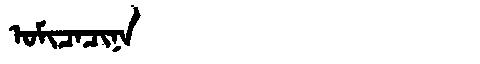
Manchu: ᠣᠮᡳᠴᠠᠴᡳᠨᠠ
Romanization: OMICACINA